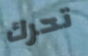
تحرك